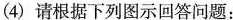
(4)请根据下列图示回答问题：